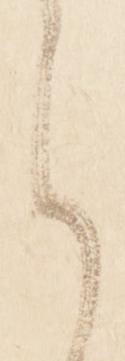
候